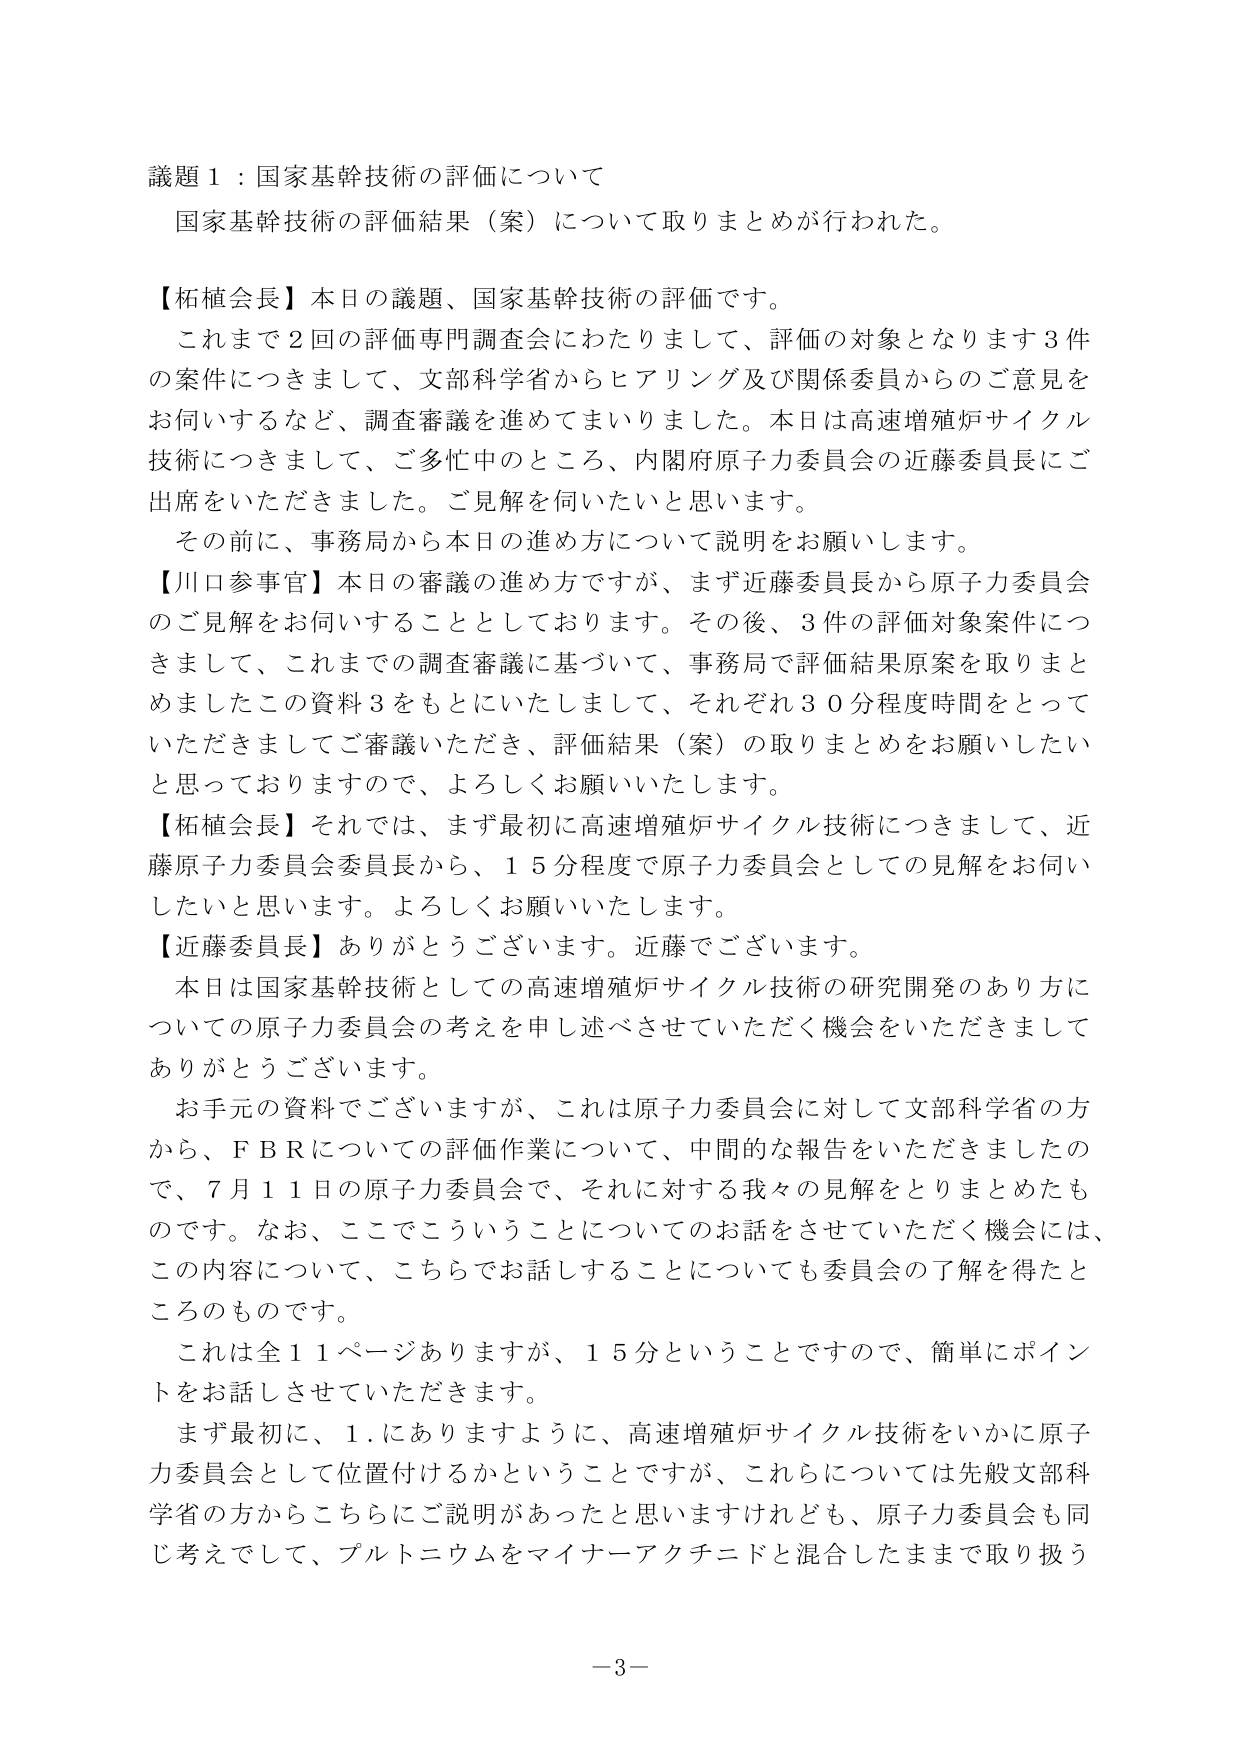
議題１：国家基幹技術の評価について
国家基幹技術の評価結果（案）について取りまとめが行われた。

【柘植会長】本日の議題、国家基幹技術の評価です。
これまで２回の評価専門調査会にわたりまして、評価の対象となります３件の案件につきまして、文部科学省からヒアリング及び関係委員からのご意見をお伺いするなど、調査審議を進めてまいりました。本日は高速増殖炉サイクル技術につきまして、ご多忙中のところ、内閣府原子力委員会の近藤委員長にご出席をいただきました。ご見解を伺いたいと思います。
その前に、事務局から本日の進め方について説明をお願いします。

【川口参事官】本日の審議の進め方ですが、まず近藤委員長から原子力委員会のご見解をお伺いすることとしております。その後、３件の評価対象案件につきまして、これまでの調査審議に基づいて、事務局で評価結果原案を取りまとめましたこの資料３をもとにいたしまして、それぞれ３０分程度時間をとっていただきますとご審議いただき、評価結果（案）の取りまとめをお願いしたいと思っておりますので、よろしくお願いいたします。

【柘植会長】それでは、まず最初に高速増殖炉サイクル技術につきまして、近藤原子力委員会委員長から、１５分程度で原子力委員会としての見解をお伺いしたいと思います。よろしくお願いいたします。

【近藤委員長】ありがとうございます。近藤でございます。
本日は国家基幹技術としての高速増殖炉サイクル技術の研究開発のあり方についての原子力委員会の考えを申し述べさせていただく機会をいただきましてありがとうございます。
お手元の資料でございますが、これは原子力委員会に対して文部科学省の方から、ＦＢＲについての評価作業について、中間的な報告をいただきましたので、７月１１日の原子力委員会で、それに対する我々の見解をとりまとめたものです。なお、ここでこういうことについてのお話をさせていただく機会には、この内容について、こちらでお話しすることについても委員会の了解を得たところのものです。
これは全１１ページありますが、１５分ということで、簡単にポイントをお話しさせていただきます。
まず最初に、１．にありますように、高速増殖炉サイクル技術をいかに原子力委員会として位置付けるかということですが、これらについては先般文部科学省の方からこちらにご説明があったと思いますけれども、原子力委員会も同じ考えでして、プルトニウムをマイナーアクチニドと混合したままで取り扱う

－3－